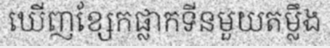
ឃើញខ្សែកផ្លាកទីនមួយតម្លឹង